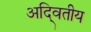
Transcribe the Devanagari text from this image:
अदि्वतीय